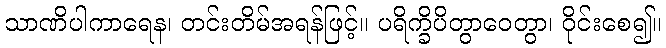
သာဏိပါကာရေန၊ တင်းတိမ်အရန်ဖြင့်။ ပရိက္ခိပိတွာဝေတွာ၊ ဝိုင်းစေ၍။